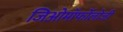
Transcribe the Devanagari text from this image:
जिओमॉर्फोलोजी